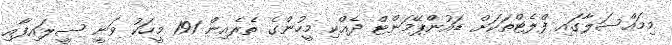
މިމައްސަލާގައި ފްލެޓްތަކަށް ޑައުންޕޭމަންޓް ދެއްކި މީހުންގެ ތެރެއިން 191 މީހަކު ވަނީ ސީލައިފާއި